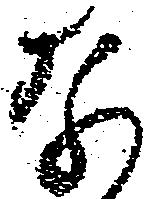
な